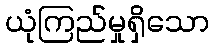
ယုံကြည်မှုရှိသော